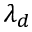
\lambda _ { d }